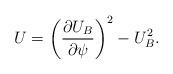
LaTeX: \begin{align*}U = \left(\frac{\partial U_B}{\partial \psi}\right)^2 - U_B^2.\end{align*}